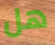
هل